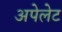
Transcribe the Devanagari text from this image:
अपेलेट